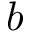
b